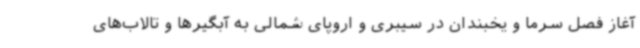
آغاز فصل سرما و یخبندان در سیبری و اروپای شمالی به آبگیرها و تالاب‌های